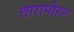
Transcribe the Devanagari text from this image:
तारामोहन